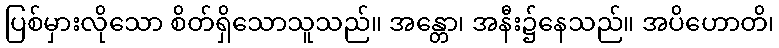
ပြစ်မှားလိုသော စိတ်ရှိသောသူသည်။ အန္တော၊ အနီး၌နေသည်။ အပိဟောတိ၊